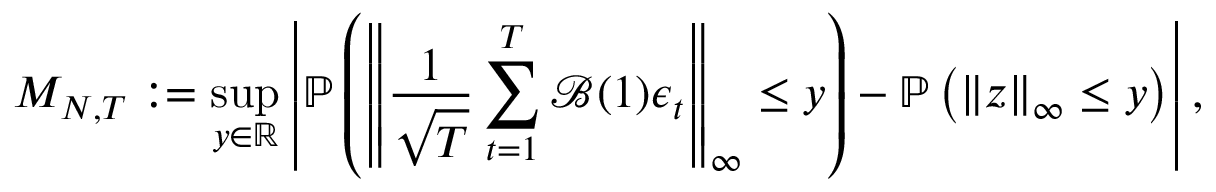
{ M _ { N , T } } : = \operatorname* { s u p } _ { y \in \mathbb { R } } \left\lvert \mathbb { P } \left( \left\lVert \frac { 1 } { \sqrt { T } } \sum _ { t = 1 } ^ { T } \mathcal { B } ( 1 ) \boldsymbol { \epsilon } _ { t } \right\rVert _ { \infty } \leq y \right) - \mathbb { P } \left( \left\lVert \boldsymbol { z } \right\rVert _ { \infty } \leq y \right) \right\rvert ,